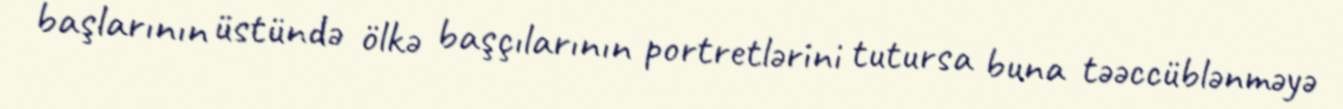
başlarının üstündə ölkə başçılarının portretlərini tutursa buna təəccüblənməyə